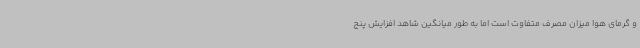
و گرمای هوا میزان مصرف متفاوت است اما به طور میانگین شاهد افزایش پنج